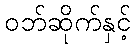
ဝဘ်ဆိုက်နှင့်